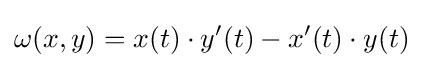
\omega (x,y)=x(t)\cdot y'(t)-x'(t)\cdot y(t)